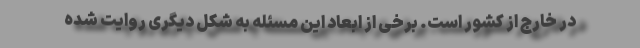
در خارج از کشور است. برخی از ابعاد این مسئله به شکل دیگری روایت شده